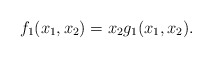
\begin{align*}f_1(x_1,x_2)=x_2g_1(x_1,x_2).\end{align*}